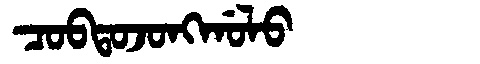
Manchu: ᠴᠣᠪᡨᠣᠵᠣᠩᡤᠣᠯᠣ
Romanization: COBTOJONGGOLO